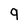
Character: 9